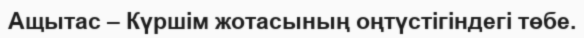
Ащытас – Күршім жотасының оңтүстігіндегі төбе.